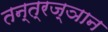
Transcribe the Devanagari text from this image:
तन्त्रज्ञान